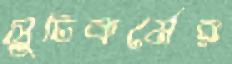
সুচিকর্মের